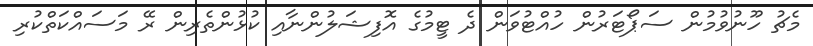
މެޗު ހޫނުވުމުން ސަޕޯޓަރުން ހުއްޓުވަން ދެ ޓީމުގެ އޮފިޝަލުންނާއި ކުޅުންތެރިން ރޭ މަސައްކަތްކުރި